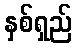
နှစ်ရှည်